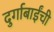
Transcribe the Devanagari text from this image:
दुर्गाबाईंची